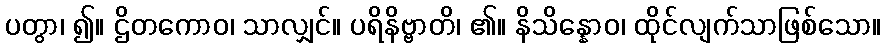
ပတွာ၊ ၍။ ဌိတကောဝ၊ သာလျှင်။ ပရိနိဗ္ဗာတိ၊ ၏။ နိသိန္နောဝ၊ ထိုင်လျက်သာဖြစ်သော။